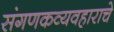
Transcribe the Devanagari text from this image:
संगणकव्यवहाराचे